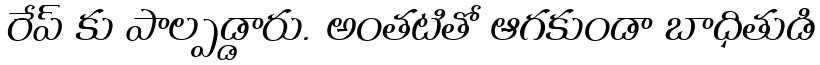
రేప్ కు పాల్పడ్డారు. అంతటితో ఆగకుండా బాధితుడి